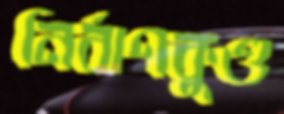
নির্বাণকুণ্ড